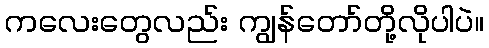
ကလေးတွေလည်း ကျွန်တော်တို့လိုပါပဲ။